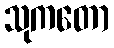
သုကတော